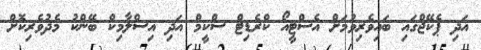
އަދި ޕެކޭޖްގައި ބައިވެރިވުމަށް އެސްޓީއޯ ކްރެޑިޓް ސްކީމް އަދި އިސްލާމިކް ބޭންކު މެދުވެރިކޮށް